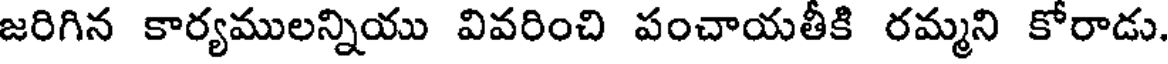
జరిగిన కార్యములన్నియు వివరించి పంచాయతీకి రమ్మని కోరాడు.